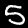
Digit: 5